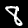
Digit: 8